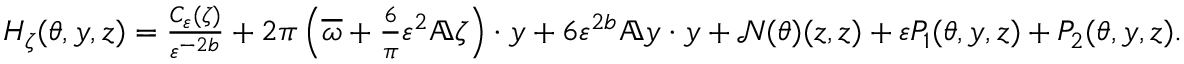
\begin{array} { r } { H _ { \zeta } ( \theta , y , z ) = \frac { C _ { \varepsilon } ( \zeta ) } { \varepsilon ^ { - 2 b } } + 2 \pi \left( \overline { { \omega } } + \frac { 6 } { \pi } \varepsilon ^ { 2 } \mathbb { A } \zeta \right) \cdot y + 6 \varepsilon ^ { 2 b } \mathbb { A } y \cdot y + \mathcal { N } ( \theta ) ( z , z ) + \varepsilon P _ { 1 } ( \theta , y , z ) + P _ { 2 } ( \theta , y , z ) . } \end{array}